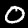
Digit: 0